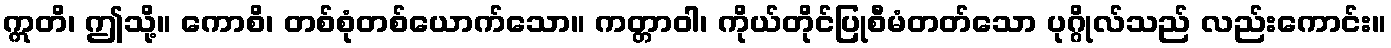
ဣတိ၊ ဤသို့။ ကောစိ၊ တစ်စုံတစ်ယောက်သော။ ကတ္တာဝါ၊ ကိုယ်တိုင်ပြုစီမံတတ်သော ပုဂ္ဂိုလ်သည် လည်းကောင်း။